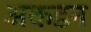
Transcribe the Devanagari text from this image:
अकडन